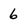
Character: 6